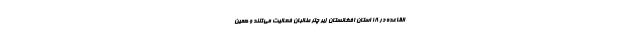
القاعده در ۱۸ استان افغانستان زیر چتر طالبان فعالیت می‌کنند و همین